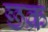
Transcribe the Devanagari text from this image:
छक्र